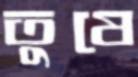
তুষে